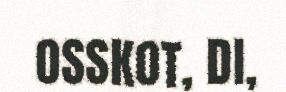
OSSKOT, DI,